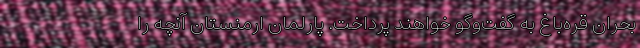
بحران قره‌باغ به گفت‌و‌گو خواهند پرداخت. پارلمان ارمنستان آنچه را